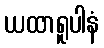
ယထာရူပါနံ